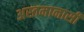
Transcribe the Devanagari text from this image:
अस्तमानासी